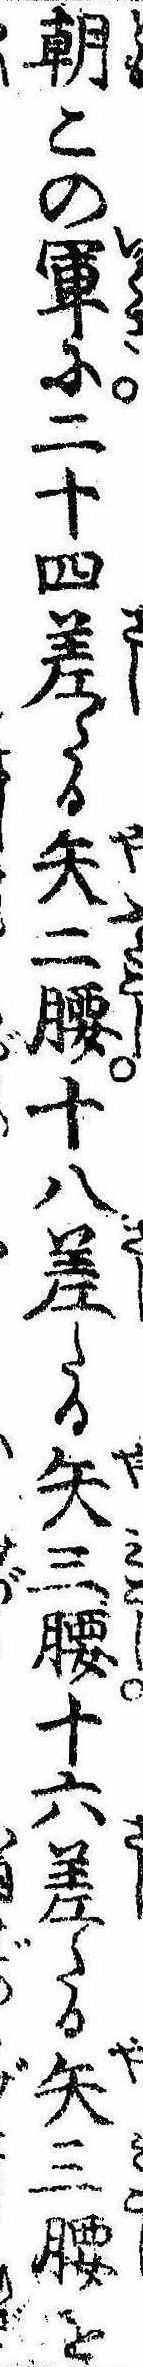
朝この軍に二十四差たる矢二腰十八差たる矢三腰十六差たる矢三腰を